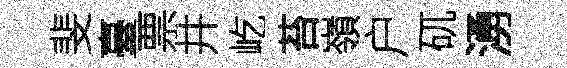
斐臺票井屹苔嶺户矹湧